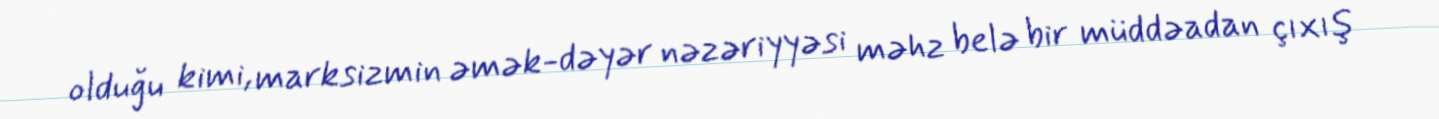
olduğu kimi, marksizmin əmək-dəyər nəzəriyyəsi məhz belə bir müddəadan çıxış